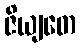
ဇိယျတေ